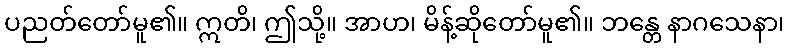
ပညတ်တော်မူ၏။ ဣတိ၊ ဤသို့။ အာဟ၊ မိန့်ဆိုတော်မူ၏။ ဘန္တေ နာဂသေနာ၊